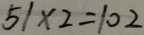
5 1 \times 2 = 1 0 2